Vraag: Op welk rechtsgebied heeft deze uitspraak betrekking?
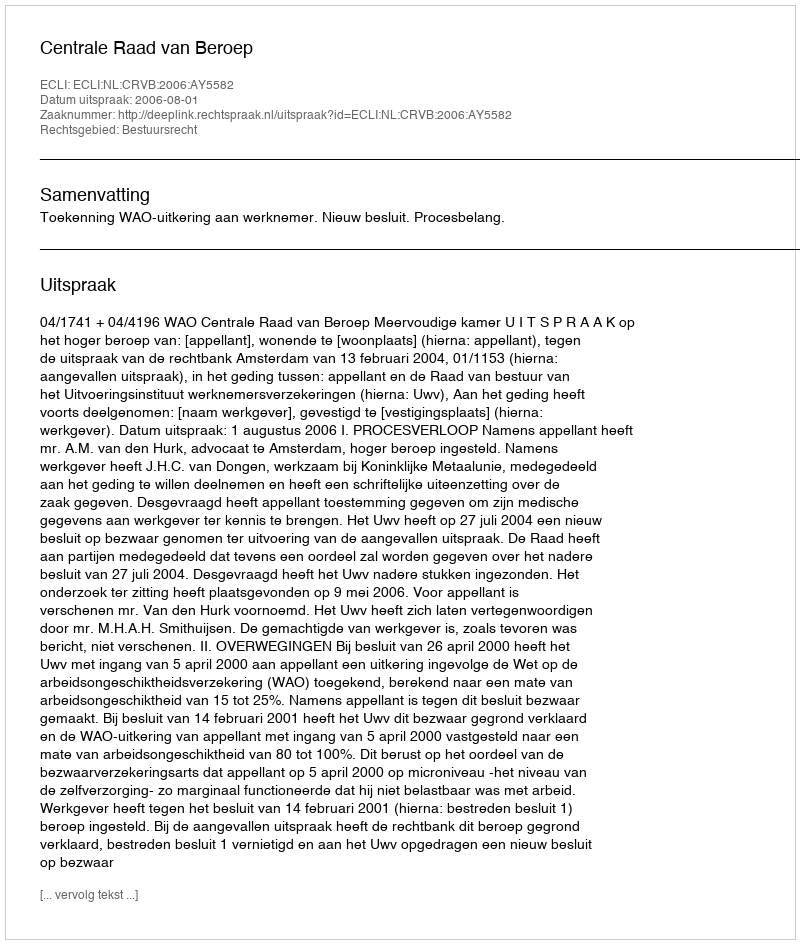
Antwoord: Bestuursrecht